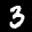
Label: 3